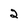
Character: 2